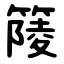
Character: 䉄